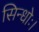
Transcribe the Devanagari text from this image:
सिन्धोः।